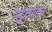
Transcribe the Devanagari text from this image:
सुघ्यट्य